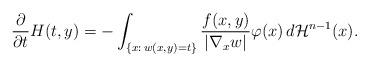
LaTeX: \begin{align*}\frac{\partial}{\partial t}H(t,y)=-\int_{\left\{x:\,w(x,y)=t\right\}}\frac{f(x,y)}{|\nabla_{x}w|}\varphi(x)\,d\mathcal{H}^{n-1}(x).\end{align*}